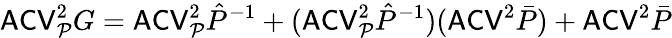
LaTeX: \mathsf{ACV}_{\mathcal P}^{2}G=\mathsf{ACV}_{\mathcal P}^{2}\hat{P}^{-1}+(\mathsf{ACV}_{\mathcal P}^{2}\hat{P}^{-1})(\mathsf{ACV}^{2}\bar{P})+\mathsf{ACV}^{2}\bar{P}